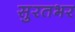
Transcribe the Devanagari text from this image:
सुरतभर